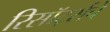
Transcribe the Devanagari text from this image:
रिसॉर्ट्सचे